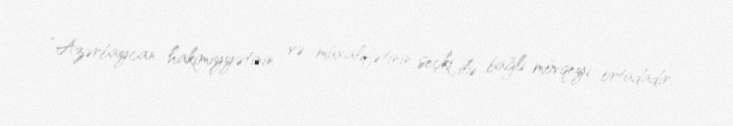
“Azərbaycan hakimiyyətinin və müxalifətinin seçki ilə bağlı mövqeyi ortadadır.